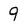
Character: 9